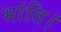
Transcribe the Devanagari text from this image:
भांति।